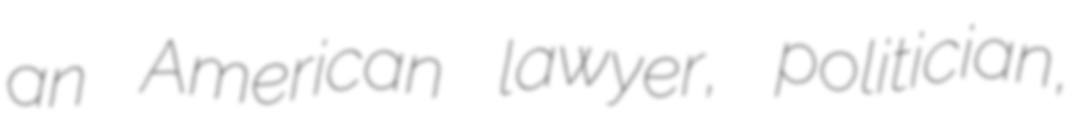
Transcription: an American lawyer, politician,